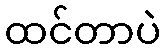
ထင်တာပဲ